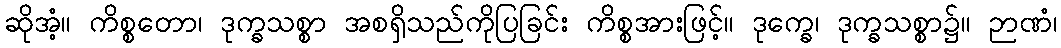
ဆိုအံ့။ ကိစ္စတော၊ ဒုက္ခသစ္စာ အစရှိသည်ကိုပြခြင်း ကိစ္စအားဖြင့်။ ဒုက္ခေ၊ ဒုက္ခသစ္စာ၌။ ဉာဏံ၊